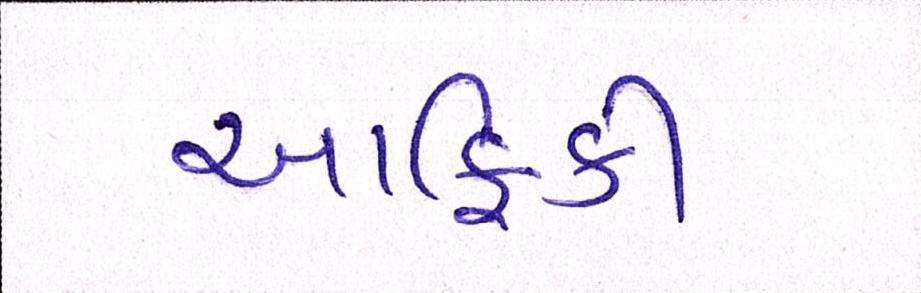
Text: આફ્રિકી